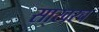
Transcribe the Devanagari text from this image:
साखरच